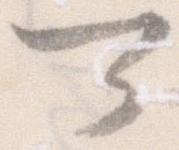
可